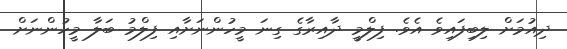
ދިއުމަށް ލިބިފައިވެ އެވެ. ފިލްމީ ދާއިރާގެ ގިނަ މީހުންނަށާއި ފިލްމު ބަލާ މީހުންނަށް